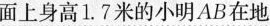
面上身高1.7米的小明AB在地